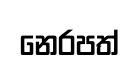
නෙරපත්